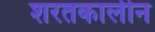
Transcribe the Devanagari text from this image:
शरतकालीन